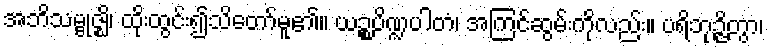
အဘိသမ္ဗုဇ္ဈိ၊ ထိုးထွင်း၍သိတော်မူ၏။ ယဉ္စပိဏ္ဍပါတံ၊ အကြင်ဆွမ်းကိုလည်း။ ပရိဘုဉ္ဇိတွာ၊